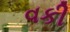
વકી